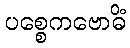
ပစ္စေကဗောဓိံ